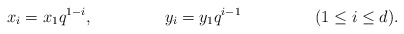
\begin{align*} x_i &= x_1 q^{1-i}, & y_i &= y_1 q^{i-1} && (1 \leq i \leq d). \end{align*}